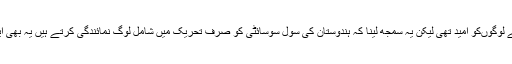
انا ہزارے سے لوگوںکو امید تھی لیکن یہ سمجھ لینا کہ ہندوستان کی سول سوسائٹی کو صرف تحریک میں شامل لوگ نمائندگی کرتے ہیں یہ بھی ایک بھول ہے۔